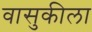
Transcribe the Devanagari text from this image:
वासुकीला